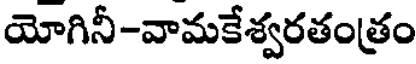
యోగినీ-వామకేశ్వరతంత్రం